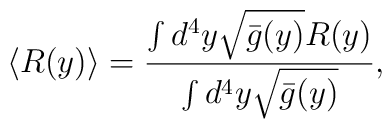
\langle R(y)\rangle = \frac{\int d^4y\sqrt{\bar{g}(y)} R(y)}{\int d^4y\sqrt{\bar{g}(y)}},